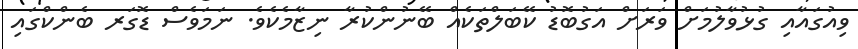
ވިއުގައާއި ގުޅުވާލުމަށް ވަރަށް އަގުބޮޑު ކޭބަލްތަކެއް ބޭނުންކުރާ ނިޒާމެކެވެ. ނަމަވެސް ޑޮގަރ ބެންކްގައި